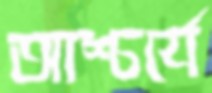
আশ্চর্যে